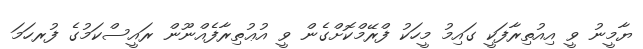
ޔާމީނު ވީ އިއުތިރާފަކީ ގައިމު މީހަކު ފްރޭމްކޮށްގެން ވީ އުޢުތިރާފެއްނޫން ރައީސްކަމުގެ ފުރހަމަ